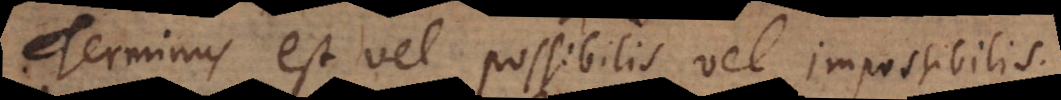
Terminus est vel possibilis vel impossibilis.